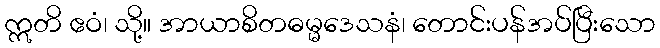
ဣတိ ဧဝံ၊ သို့။ အာယာစိတဓမ္မဒေသနံ၊ တောင်းပန်အပ်ပြီးသော